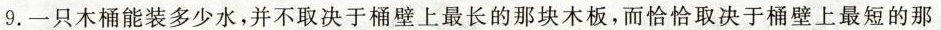
9.一只木桶能装多少水，并不取决于桶壁上最长的那块木板，而恰恰取决于桶壁上最短的那